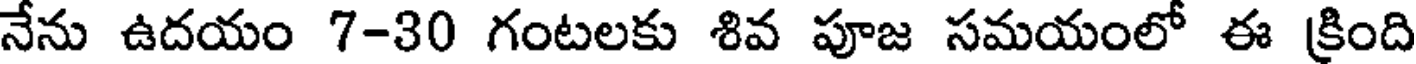
నేను ఉదయం 7-30 గంటలకు శివ పూజ సమయంలో ఈ క్రింది